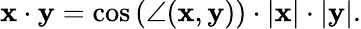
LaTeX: \mathbf{x}\cdot\mathbf{y}=\cos\left(\angle(\mathbf{x},\mathbf{y})\right)\cdot|\mathbf{x}|\cdot|\mathbf{y}|.